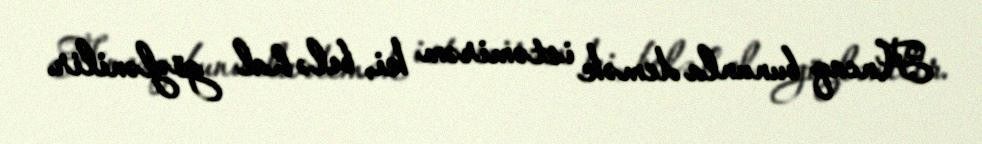
Ancaq bununla demək istəmirəm ki, belə hal gözlənilir.